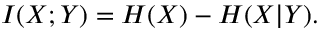
I ( X ; Y ) = H ( X ) - H ( X | Y ) .